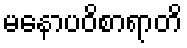
မနောပဝိစာရာတိ